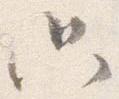
只